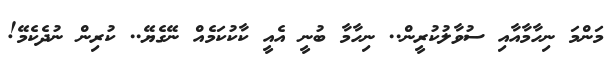
މަންމަ ނިހާމާއާއި ސުވާލުކުރީން.. ނިހާމާ ބުނީ އެއީ ކާކުކަމެއް ނޭގެޔޭ.. ކުރިން ނުދެކެމޭ!